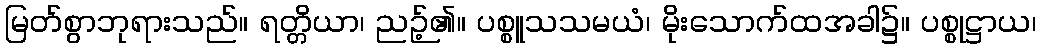
မြတ်စွာဘုရားသည်။ ရတ္တိယာ၊ ညဉ့်၏။ ပစ္စူသသမယံ၊ မိုးသောက်ထအခါ၌။ ပစ္စုဋ္ဌာယ၊